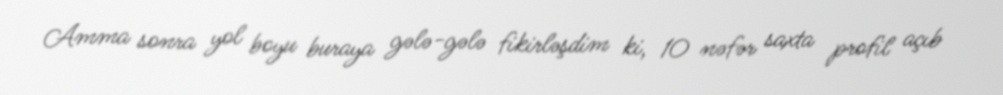
Amma sonra yol boyu buraya gələ-gələ fikirləşdim ki, 10 nəfər saxta profil açıb